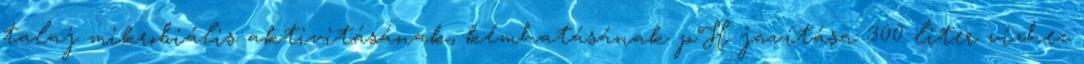
talaj mikrobiális aktivitásának, kémhatásának pH javítása 300 liter vízhez